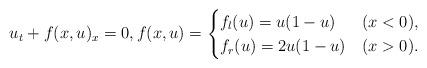
LaTeX: \begin{align*} u_t + f(x,u)_x=0, f(x,u) = \begin{cases} f_l(u) = u(1-u) & (x<0), \\ f_r(u)=2 u (1-u) & (x>0). \end{cases} \end{align*}